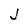
Character: J